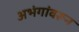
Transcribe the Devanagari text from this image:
अभंगांवरून